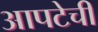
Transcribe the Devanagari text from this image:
आपटेची